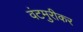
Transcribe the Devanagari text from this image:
वंटमुरीकर